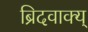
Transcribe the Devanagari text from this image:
ब्रिदवाक्य्